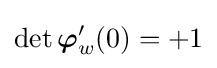
\det {\boldsymbol {\varphi }}'_{w}(0)=+1